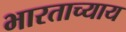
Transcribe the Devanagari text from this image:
भारताच्याय